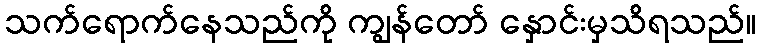
သက်ရောက်နေသည်ကို ကျွန်တော် နှောင်းမှသိရသည်။